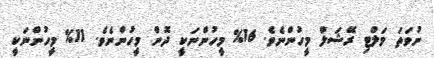
ނުވަތަ މަލްޓި ރޭޝަލް މީހުންނެވެ. 16% މީހުންނަކީ ދޮން މީހުންނެވެ. 11% މީހުންނަކީ